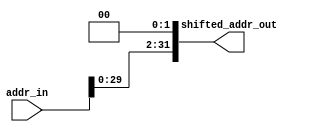
// Basic Shift Left Logic. MIPS CPU
// Nicolas Rodriguez
// Nov 13, 2020

module shift_left2 (addr_in, shifted_addr_out);

// parameters
parameter input_size = 32;
parameter output_size = 32;

// i/o
input wire [input_size - 1 : 0] addr_in;

output wire [output_size - 1 : 0] shifted_addr_out;

// logic
assign shifted_addr_out[0] = 0;
assign shifted_addr_out[1] = 0;

genvar i;
generate
    for(i = 2; i < output_size; i = i + 1)
    begin : in_to_out_shift
            assign shifted_addr_out[i] = addr_in[i - 2];
    end // for i < output_size
endgenerate // begin : in_to_out_shift

endmodule // shift_left2